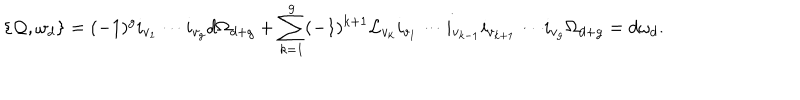
\{ { \cal Q } , \omega _ { d } \} = ( - 1 ) ^ { g } i _ { v _ { 1 } } \cdots i _ { v _ { g } } d \Omega _ { d + g } + \sum _ { k = 1 } ^ { g } ( - 1 ) ^ { k + 1 } { \cal L } _ { v _ { k } } i _ { v _ { 1 } } \cdots i _ { v _ { k - 1 } } i _ { v _ { k + 1 } } \cdots i _ { v _ { g } } \Omega _ { d + g } = d \omega _ { d } .